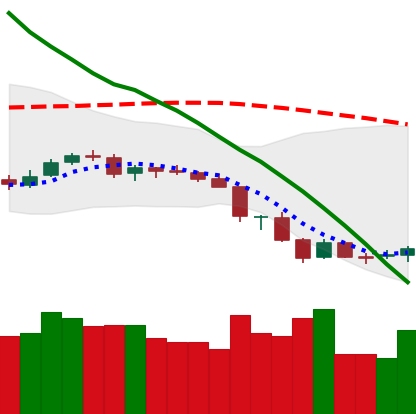
Ticker: NEO-USD
Chart end date: 2018-06-18
Forward return: -13.675%
Label: down_7plus